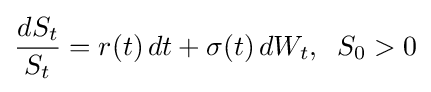
{\frac {dS_{t}}{S_{t}}}=r(t)\,dt+\sigma (t)\,dW_{t},\;\;S_{0}>0